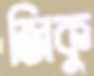
জিকু